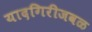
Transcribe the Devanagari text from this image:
यादगिरीजवळ